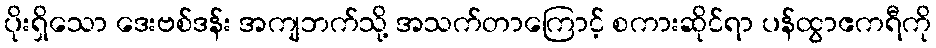
ပိုးရှိသော ဒေးဗစ်ဒန်း အကျဘက်သို့ အသက်တာကြောင့် စကားဆိုင်ရာ ပန်ထွာဧကရီကို